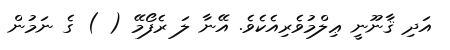
އަދި ޤާނޫނީ ޢިލްމުވެރިއެކެވެ. އޭނާ ލަ ރެފޯމޭ ( ) ގެ ނަމުން